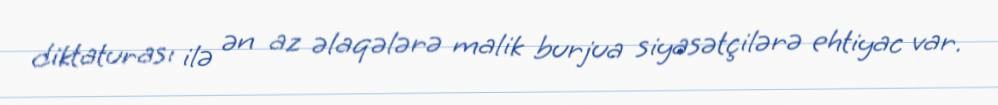
diktaturası ilə ən az əlaqələrə malik burjua siyasətçilərə ehtiyac var.